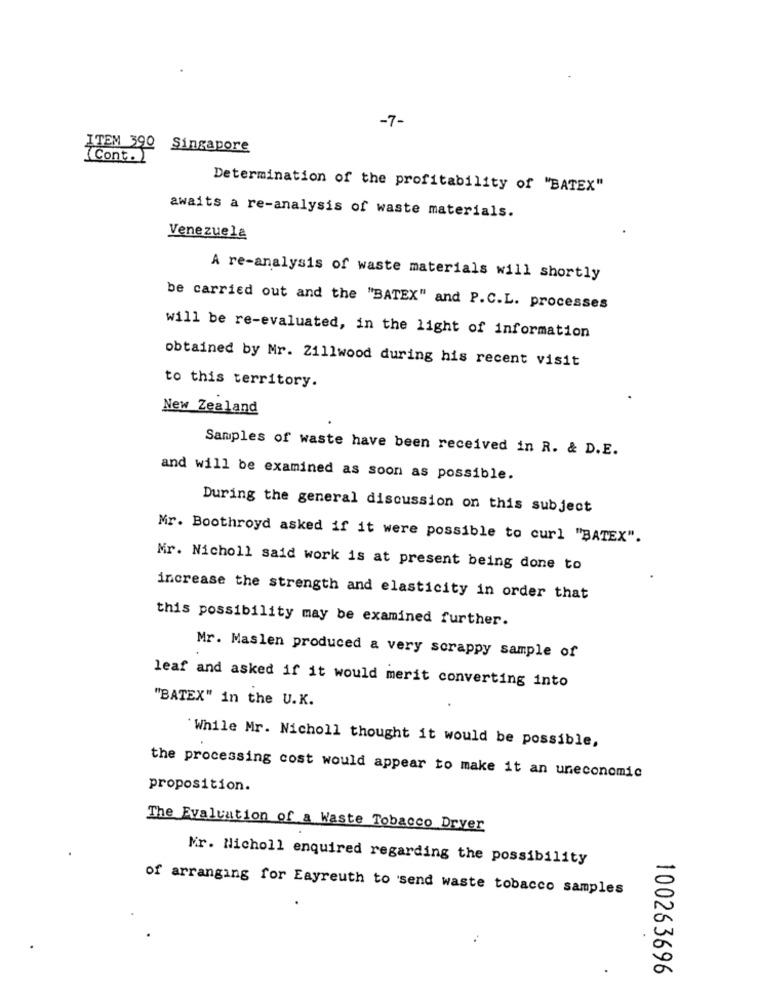
-7-
ITEM 390 Singapore
(Cont. )
Determination of the profitability of "BATEX"
awaits a re-analysis of waste materials.
Venezuela
A re-analysis of waste materials will shortly
be carried out and the "BATEX" and P.C.L. processes
will be re-evaluated, in the light of information
obtained by Mr. 2111wood during his recent visit
to this territory.
New Zealand
Samples of waste have been received in R. & D.E.
and will be examined as soon as possible.
During the general discussion on this subject
Mr. Boothroyd asked if it were possible to curl "BATEX".
Mr. Nicholl said work is at present being done to
increase the strength and elasticity in order that
this possibility may be examined further.
Mr. Maslen produced a very scrappy sample of
leaf and asked if it would merit converting into
"BATEX" in the U.K.
'While Mr. Nicholl thought it would be possible,
the processing cost would appear to make it an uneconomic
proposition.
The Evaluation of a Waste Tobacco Dryer
Mr. Nicholl enquired regarding the possibility
of arranging for Eayreuth to send waste tobacco samples
100263696